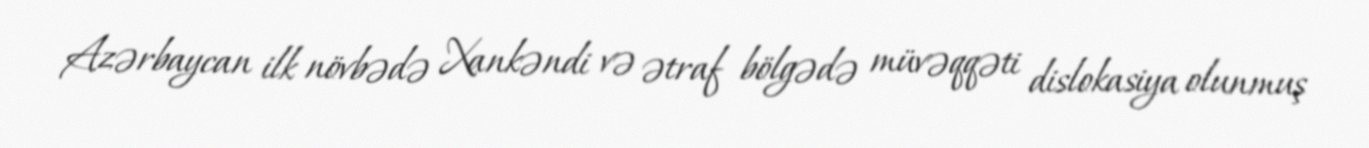
Azərbaycan ilk növbədə Xankəndi və ətraf bölgədə müvəqqəti dislokasiya olunmuş